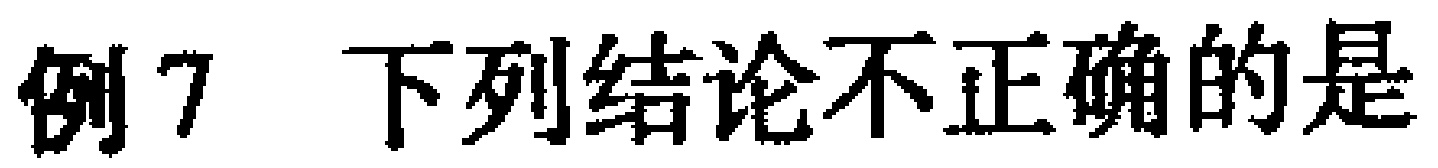
例7 下列结论不正确的是